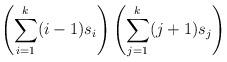
LaTeX: \begin{align*}\left(\sum_{i=1}^k (i-1) s_i\right)\left(\sum_{j=1}^k (j+1) s_j\right)\end{align*}